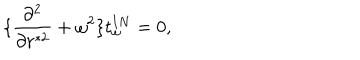
LaTeX: \{ { \frac { \partial ^ { 2 } } { \partial r ^ { * 2 } } } + \omega ^ { 2 } \} t _ { \omega } ^ { I N } = 0 ,